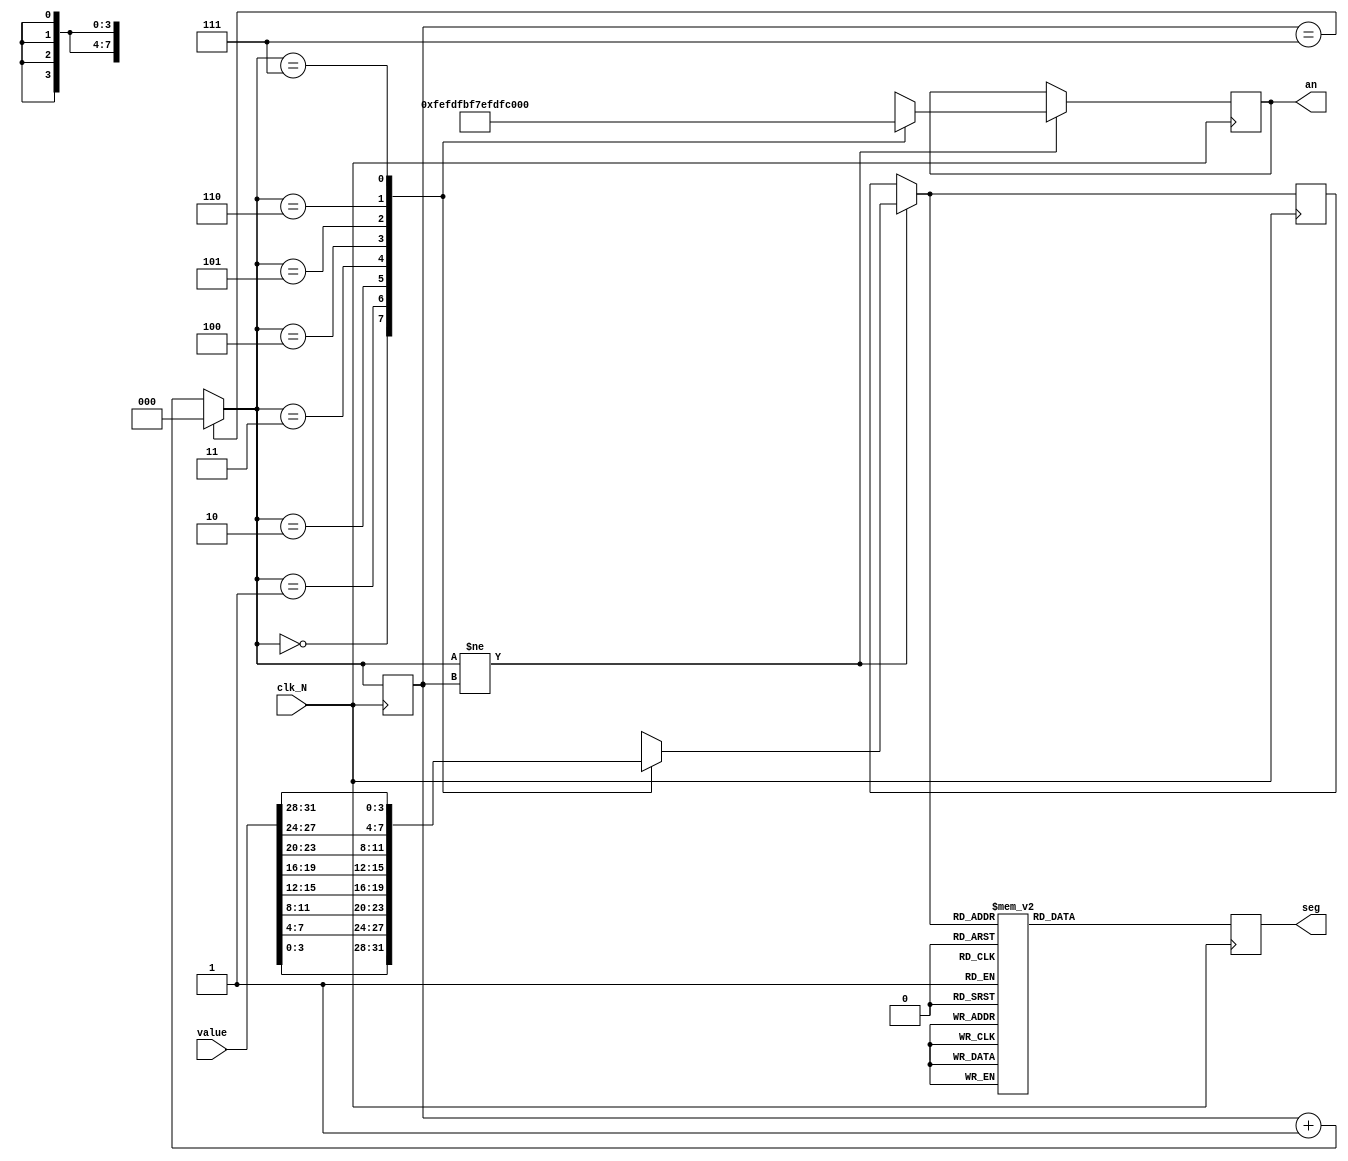
`timescale 1ns / 1ps
module show_display(value,
    clk_N,  seg, an
    );
    input clk_N;            // 
    input [31:0] value;
    output reg[7:0] seg;   // CACBCCCDCECFCGDP
    output reg [7:0] an;   // 8
    reg [3:0]code;         //
    reg [2:0]num;          //
    reg [2:0]num_t;         //
initial begin
     an <= 8'b10111111;
     num <= 3'b110;
     seg <= 8'b11111111;
     code <= 4'b1111;
     num_t <= 3'b000;
end
always @( posedge clk_N)begin
    num_t = num;
    if(num[2:0] == 3'b111)  num[2:0] = 3'b000;// 
    else      num[2:0] = num[2:0] + 1;
    
    //
    if( num[2:0] != num_t[2:0] ) begin
        case(num)
            3'b000: begin an[7:0] = 8'b11111110;code[3:0]=value[3:0]; end
            3'b001: begin an[7:0] = 8'b11111101;code[3:0]=value[7:4]; end
            3'b010: begin an[7:0] = 8'b11111011;code[3:0]=value[11:8]; end
            3'b011: begin an[7:0] = 8'b11110111;code[3:0]=value[15:12]; end
            3'b100: begin an[7:0] = 8'b11101111;code[3:0]=value[19:16]; end
            3'b101: begin an[7:0] = 8'b11011111;code[3:0]=value[23:20]; end
            3'b110: begin an[7:0] = 8'b10111111;code[3:0]=value[27:24]; end
            3'b111: begin an[7:0] = 8'b01111111;code[3:0]=value[31:28]; end
        endcase
    end
    else   an = an;


    //
    case(code[3:0])
             4'b0000: seg[7:0] = 8'b11000000;
             4'b0001: seg[7:0] = 8'b11111001;
             4'b0010: seg[7:0] = 8'b10100100;
             4'b0011: seg[7:0] = 8'b10110000;
             4'b0100: seg[7:0] = 8'b10011001;
             4'b0101: seg[7:0] = 8'b10010010;
             4'b0110: seg[7:0] = 8'b10000010;
             4'b0111: seg[7:0] = 8'b11111000;
             4'b1000: seg[7:0] = 8'b10000000;
             4'b1001: seg[7:0] = 8'b10010000;
             4'b1010: seg[7:0] = 8'b10001000;  //A
             4'b1011: seg[7:0] = 8'b10000011;  //B
             4'b1100: seg[7:0] = 8'b11000110;  //C
             4'b1101: seg[7:0] = 8'b10100001;  //D
             4'b1110: seg[7:0] = 8'b10000110;  //E
             4'b1111: seg[7:0] = 8'b10001110;  //F
             default: seg[7:0] = 8'b11111111;  //
    endcase
end
endmodule